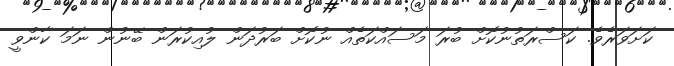
ކަށަވަރެވެ. ކަސްރަތުނުކޮށް ބުރަ މަސައްކަތެއް ނުކޮށް ބަރުދަން ލުއިކުރަން ބޭނުން ނަމަ ކާންވީ